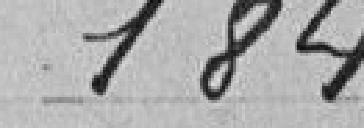
184